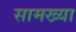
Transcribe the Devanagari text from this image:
सामख्या